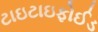
ટાઇટાઇફોઈડ